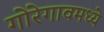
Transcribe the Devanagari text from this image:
गोरेगावमध्ये